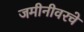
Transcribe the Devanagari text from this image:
जमीनीवरचे